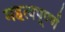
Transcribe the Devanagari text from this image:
महत्वपूर्ण्ण